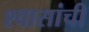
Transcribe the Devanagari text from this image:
श्वासांची